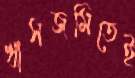
খাসজমিতেই